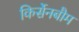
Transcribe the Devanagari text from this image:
किर्सेनबौम